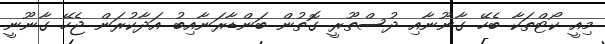
މިއީ ކޯޓްތަކާ ބެހޭ ގާނޫނާއި ދުސްތޫރީ ގޮތުން ބަންޑާރަނާއިބު އަދާކުރަން ޖެހޭ ގާނޫނީ